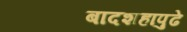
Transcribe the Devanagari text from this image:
बादशहापुढे